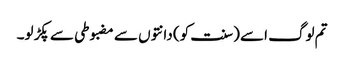
تم لوگ اسے (سنت کو) دانتوں سے مضبوطی سے پکڑ لو۔